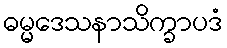
ဓမ္မဒေသနာသိက္ခာပဒံ